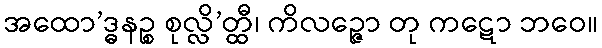
အထော’ဒ္ဓနဉ္စ စုလ္လိ’တ္ထီ၊ ကိလဉ္ဇော တု ကဋော ဘဝေ။